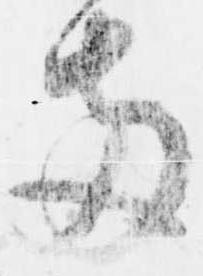
両